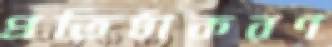
প্রতিষ্ঠাকরণ